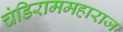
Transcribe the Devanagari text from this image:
चंडिराममहाराज